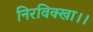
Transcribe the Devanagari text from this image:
निरविक्खा।।